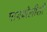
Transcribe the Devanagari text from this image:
मायबोलीशी